Report on vaccination in Madras 1904-1921 - 1904-1921
Year: 1904
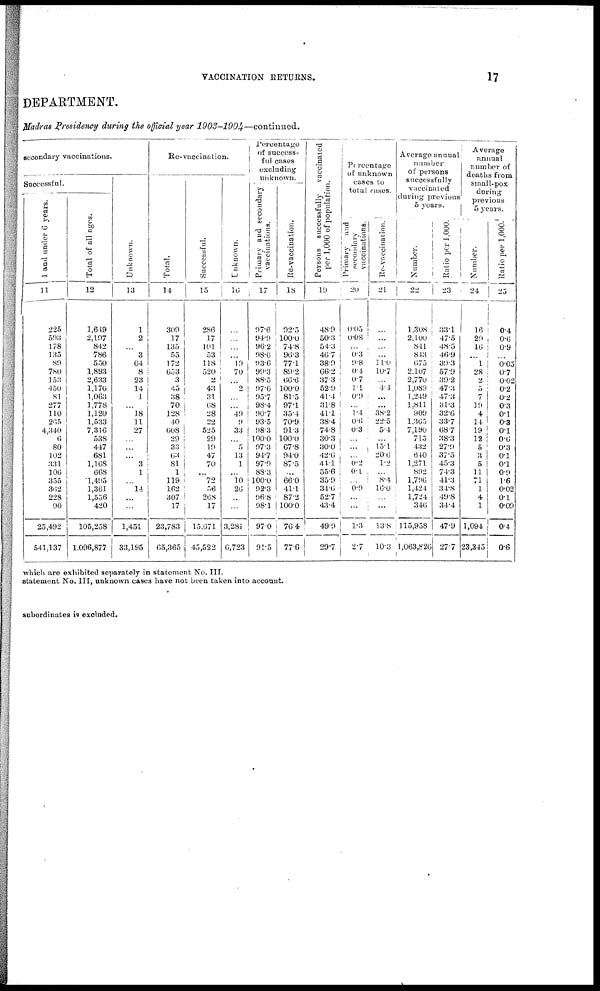
VACCINATION RETURNS.
17
DEPARTMENT.
Madras Presidency during the official year
1903-1904—continued.
secondary vaccinations.
Successful.
1 and under 6 years.
11
225
593
178
135
89
780
153
450
81
277
110
265
4,340
6
80
102
331
106
355
362
228
90
25,492
541,137
Total of all ages.
12
1,649
2,197
842
786
550
1,893
2,633
1,176
1,063
1,778
1,120
1,533
7,316
538
447
681
1,168
668
1,495
1,361
1,556
420
105,258
1,096,877
Unknown.
13
1
2
...
3
64
8
23
14
1
...
18
11
27
...
...
...
3
1
...
14
...
...
1,451
33,195
Re-vaccination.
Total.
14
309
17
135
55
172
653
3
45
38
70
128
40
608
29
33
63
81
1
119
162
307
17
23,783
65,365
Successful.
15
286
17
101
53
118
520
2
43
31
68
28
22
525
29
19
47
70
...
72
56
268
17
15,071
45,522
Unknown.
16
...
...
...
...
19
70
...
2
...
...
49
9
33
...
5
13
1
...
10
26
...
...
3,281
6,723
Percentage
of success¬
ful cases
excluding
unknown.
Primary and secondary
vaccinations.
17
97.6
94.9
96.2
98.0
93.6
99.3
88.5
97.6
95.7
98.4
90.7
93.5
98.3
100.0
97.3
91.7
97.9
88.3
100.0
92.3
96.8
98.1
97.0
91.5
Re-vaccination.
18
92.5
100.0
74.8
90.3
77.1
89.2
66.6
100.0
81.5
97.1
35.4
70.9
91.3
100.0
67.8
94.0
87.5
...
66.0
41.1
87.2
100.0
76.4
77.6
Persons successfully
vaccinated
per 1,000 of population.
19
48.9
50.3
54.3
40.7
38.9
66.2
37.3
52.9
41.4
31.8
41.1
38.4
74.8
30.3
30.0
42.6
44.1
55.6
35.9
34.6
52.7
43.4
49.9
29.7
Percentage
of unknown
total cases.
Primary and
secondary
vaccinations.
Re-vaccination.
20
0.05
0.08
... 0.3
9.8
0.1.
0.7
1.1
0.9
...
1.4
0.6
0.3
...
...
... 0.2
0.1
... 0.9
...
...
1.3
2.7
21
...
...
...
...
11.0
10.7
... 4.4
...
...
38.2
22.5
5.4
... 15.1
20.6
1.2
... 8.4
16.0
...
...
13.8
10.3
Average annual
number
of persons
successfully
vaccinated
during previous
5 years.
Number.
22
1,308
2,100
811
84.3
675
2,107
2,770
1,089
1,249
1,811
909
1,365
7,190
715
432
640
1,271
892
1,796
1,424
1,724
340
115,958
1,063,826
Ratio per 1,000.
23
33.1
47.5
48.5
46.9
39.3
57.9
39.2
47.3
47.3
31.3
32.6
33.7
68.7
38.3
27.9
37.5
45.3
74.3
41.3
34.8
49.8
34.4
47.9
27.7
Average
annual
number of
deaths from
small-pox
during
previous
5 years.
Number.
24
16
29
16
...
1
28
2
5
7
19
4
14
19
12
5
3
5
11
71
1
4
1
1,094
23,345
Ratio per 1,000.
25
0.4
0.6
0.9
...
0.05
0.7
0.02
0.2
0.2
0.3
0.1
0.3
0.1
0.6
0.3
0.1
0.1
0.9
1.6
0.02
0.1
0.09
0.4
0.6
which are exhibited separately in statement No. III.
statement No. III, unknown cases have not been taken into account.
subordinates is excluded.